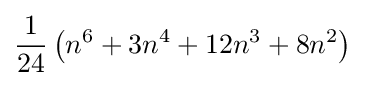
{\frac {1}{24}}\left(n^{6}+3n^{4}+12n^{3}+8n^{2}\right)